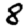
Digit: 8